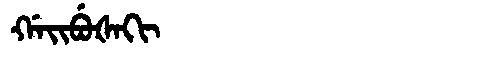
Manchu: ᡤᠠᡳᠪᡠᡧᠠᡴᡳ
Romanization: GAIBUŠAKI